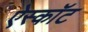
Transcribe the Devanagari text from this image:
ऐस्कॉट